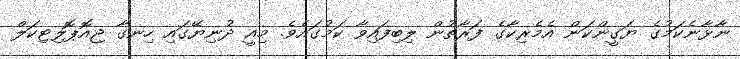
ނާޅާނެކަމުގެ ޔަގީންކަން އެމެރިކާގެ ފަރާތުން ލިބިފައިވާ ކަމުގައެވެ. މިއީ ދުނިޔޭގައި ހިނގާ ޖިއޮޕޮލިޓިކަލް